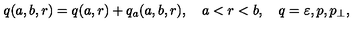
q ( a , b , r ) = q ( a , r ) + q _ { a } ( a , b , r ) , \quad a < r < b , \quad q = \varepsilon , p , p _ { \perp } ,